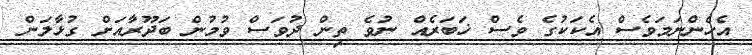
އެހެންނަމަވެސް އެކަކުގެ ވެސް ޚަބަރެއް ނުވެ ތިން ދުވަސް ވުމުން ބަދޫރާއަށް ގުޅާލަން